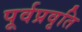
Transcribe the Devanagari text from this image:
पूर्वप्रवृति